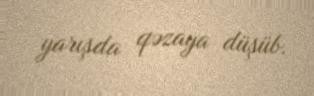
yarışda qəzaya düşüb.